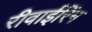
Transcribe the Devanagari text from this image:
रीवाईरिंग